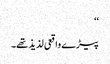
‘‘
پیڑے واقعی لذیذ تھے۔